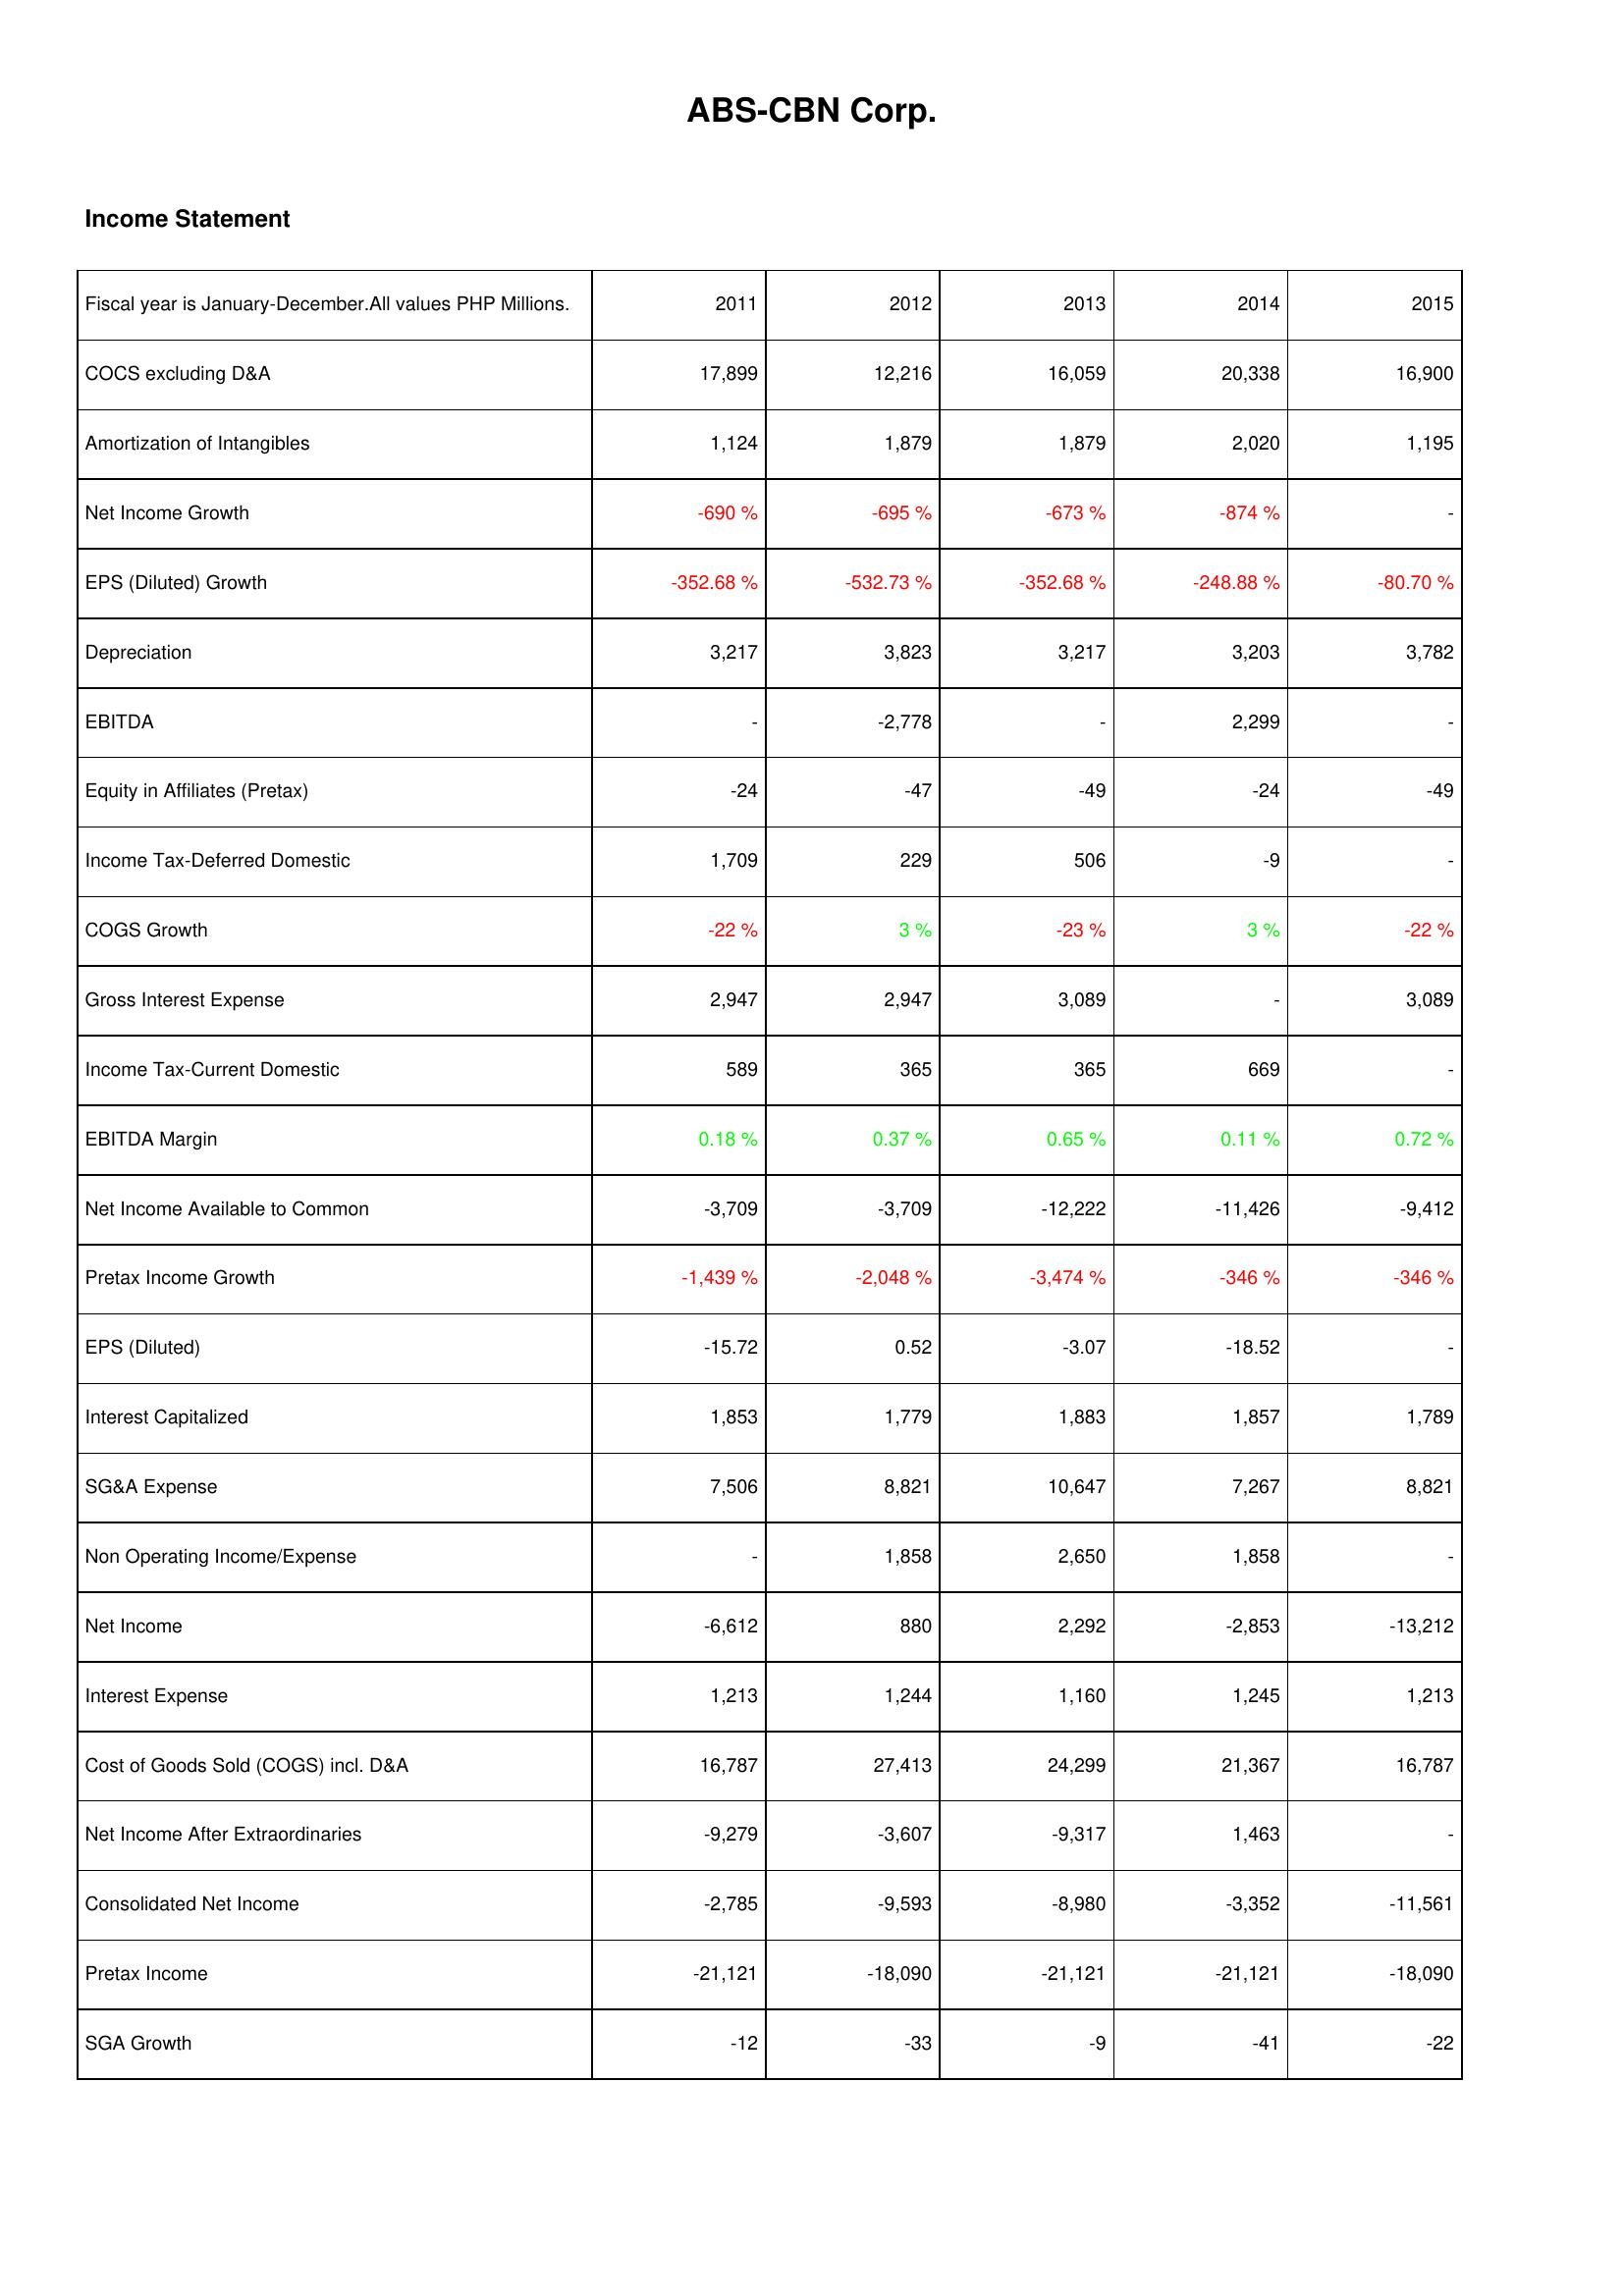
2011: Income Statement: COCS excluding D&A: 17,899
Amortization of Intangibles: 1,124
Net Income Growth: -690 %
EPS (Diluted) Growth: -352.68 %
Depreciation: 3,217
EBITDA: -
Equity in Affiliates (Pretax): -24
Income Tax-Deferred Domestic: 1,709
COGS Growth: -22 %
Gross Interest Expense: 2,947
Income Tax-Current Domestic: 589
EBITDA Margin: 0.18 %
Net Income Available to Common: -3,709
Pretax Income Growth: -1,439 %
EPS (Diluted): -15.72
Interest Capitalized: 1,853
SG&A Expense: 7,506
Non Operating Income/Expense: -
Net Income: -6,612
Interest Expense: 1,213
Cost of Goods Sold (COGS) incl. D&A: 16,787
Net Income After Extraordinaries: -9,279
Consolidated Net Income: -2,785
Pretax Income: -21,121
SGA Growth: -12
2012: Income Statement: COCS excluding D&A: 12,216
Amortization of Intangibles: 1,879
Net Income Growth: -695 %
EPS (Diluted) Growth: -532.73 %
Depreciation: 3,823
EBITDA: -2,778
Equity in Affiliates (Pretax): -47
Income Tax-Deferred Domestic: 229
COGS Growth: 3 %
Gross Interest Expense: 2,947
Income Tax-Current Domestic: 365
EBITDA Margin: 0.37 %
Net Income Available to Common: -3,709
Pretax Income Growth: -2,048 %
EPS (Diluted): 0.52
Interest Capitalized: 1,779
SG&A Expense: 8,821
Non Operating Income/Expense: 1,858
Net Income: 880
Interest Expense: 1,244
Cost of Goods Sold (COGS) incl. D&A: 27,413
Net Income After Extraordinaries: -3,607
Consolidated Net Income: -9,593
Pretax Income: -18,090
SGA Growth: -33
2013: Income Statement: COCS excluding D&A: 16,059
Amortization of Intangibles: 1,879
Net Income Growth: -673 %
EPS (Diluted) Growth: -352.68 %
Depreciation: 3,217
EBITDA: -
Equity in Affiliates (Pretax): -49
Income Tax-Deferred Domestic: 506
COGS Growth: -23 %
Gross Interest Expense: 3,089
Income Tax-Current Domestic: 365
EBITDA Margin: 0.65 %
Net Income Available to Common: -12,222
Pretax Income Growth: -3,474 %
EPS (Diluted): -3.07
Interest Capitalized: 1,883
SG&A Expense: 10,647
Non Operating Income/Expense: 2,650
Net Income: 2,292
Interest Expense: 1,160
Cost of Goods Sold (COGS) incl. D&A: 24,299
Net Income After Extraordinaries: -9,317
Consolidated Net Income: -8,980
Pretax Income: -21,121
SGA Growth: -9
2014: Income Statement: COCS excluding D&A: 20,338
Amortization of Intangibles: 2,020
Net Income Growth: -874 %
EPS (Diluted) Growth: -248.88 %
Depreciation: 3,203
EBITDA: 2,299
Equity in Affiliates (Pretax): -24
Income Tax-Deferred Domestic: -9
COGS Growth: 3 %
Gross Interest Expense: -
Income Tax-Current Domestic: 669
EBITDA Margin: 0.11 %
Net Income Available to Common: -11,426
Pretax Income Growth: -346 %
EPS (Diluted): -18.52
Interest Capitalized: 1,857
SG&A Expense: 7,267
Non Operating Income/Expense: 1,858
Net Income: -2,853
Interest Expense: 1,245
Cost of Goods Sold (COGS) incl. D&A: 21,367
Net Income After Extraordinaries: 1,463
Consolidated Net Income: -3,352
Pretax Income: -21,121
SGA Growth: -41
2015: Income Statement: COCS excluding D&A: 16,900
Amortization of Intangibles: 1,195
Net Income Growth: -
EPS (Diluted) Growth: -80.70 %
Depreciation: 3,782
EBITDA: -
Equity in Affiliates (Pretax): -49
Income Tax-Deferred Domestic: -
COGS Growth: -22 %
Gross Interest Expense: 3,089
Income Tax-Current Domestic: -
EBITDA Margin: 0.72 %
Net Income Available to Common: -9,412
Pretax Income Growth: -346 %
EPS (Diluted): -
Interest Capitalized: 1,789
SG&A Expense: 8,821
Non Operating Income/Expense: -
Net Income: -13,212
Interest Expense: 1,213
Cost of Goods Sold (COGS) incl. D&A: 16,787
Net Income After Extraordinaries: -
Consolidated Net Income: -11,561
Pretax Income: -18,090
SGA Growth: -22